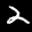
Label: 2